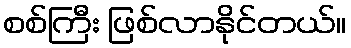
စစ်ကြီး ဖြစ်လာနိုင်တယ်။